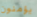
يؤمنون